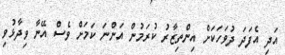
އަދި އެފަދަ ދުވަހަކަށް އިންތިޒާރު ކުރަމުން އަންނަ ކަމަށް ވެސް އޭނާ ވިދާޅުވި